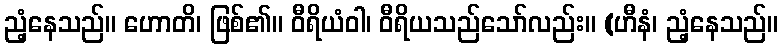
ညံ့နေသည်။ ဟောတိ၊ ဖြစ်၏။ ဝီရိယံဝါ၊ ဝီရိယသည်သော်လည်း။ (ဟီနံ၊ ညံ့နေသည်။